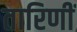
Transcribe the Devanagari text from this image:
तारिणीं